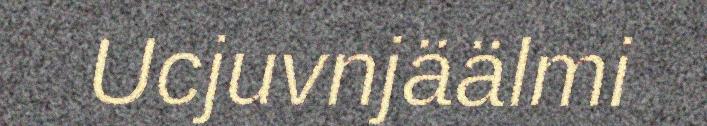
Ucjuvnjäälmi